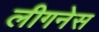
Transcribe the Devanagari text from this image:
लीगनेस